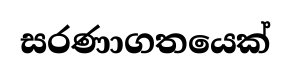
සරණාගතයෙක්